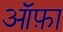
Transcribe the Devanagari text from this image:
ऑफ़ा